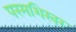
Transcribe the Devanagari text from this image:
परमशिखर